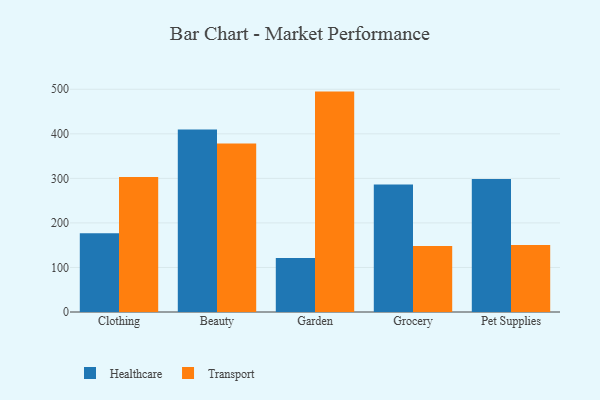
{"axis": {"x": "Category", "y": "Shipments"}, "legend": ["Healthcare", "Transport"], "data": [{"x": "Clothing", "y": 176.6, "type": "Healthcare"}, {"x": "Clothing", "y": 303.1, "type": "Transport"}, {"x": "Beauty", "y": 409.7, "type": "Healthcare"}, {"x": "Beauty", "y": 378.3, "type": "Transport"}, {"x": "Garden", "y": 121.1, "type": "Healthcare"}, {"x": "Garden", "y": 494.8, "type": "Transport"}, {"x": "Grocery", "y": 286.4, "type": "Healthcare"}, {"x": "Grocery", "y": 148.4, "type": "Transport"}, {"x": "Pet Supplies", "y": 298.8, "type": "Healthcare"}, {"x": "Pet Supplies", "y": 150.6, "type": "Transport"}]}